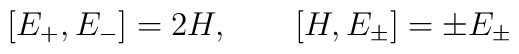
[E_+, E_-] = 2H, \quad\quad [H, E_\pm] = \pm E_\pm